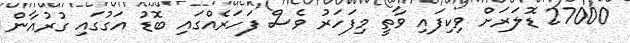
27000 ޑޮލަރަށް ވިކިފައި ވާތީ މިފަހަރު ވެސް ފަހަރެއްގައި ބޮޑު އަގުގައި ގުރުއާން